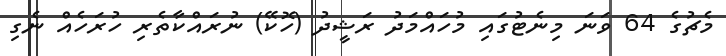
މެޗުގެ 64 ވަނަ މިނެޓުގައި މުހައްމަދު ރަޝީދު (ހޮކޭ) ނުރައްކާތެރި ހުރަހެއް ނެގި